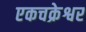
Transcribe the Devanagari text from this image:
एकचक्रेश्वर